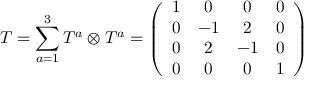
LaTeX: T = \sum _ { a = 1 } ^ { 3 } T ^ { a } \otimes T ^ { a } = \left( \begin{array} { c c c c } { { 1 } } & { { 0 } } & { { 0 } } & { { 0 } } \\ { { 0 } } & { { - 1 } } & { { 2 } } & { { 0 } } \\ { { 0 } } & { { 2 } } & { { - 1 } } & { { 0 } } \\ { { 0 } } & { { 0 } } & { { 0 } } & { { 1 } } \end{array} \right)